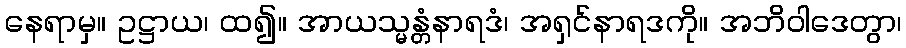
နေရာမှ။ ဥဋ္ဌာယ၊ ထ၍။ အာယသ္မန္တံနာရဒံ၊ အရှင်နာရဒကို။ အဘိဝါဒေတွာ၊